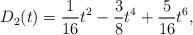
LaTeX: \begin{align*}D_{2}(t)={1\over 16}t^{2}-{3\over 8}t^{4}+{5\over 16}t^{6} ,\end{align*}